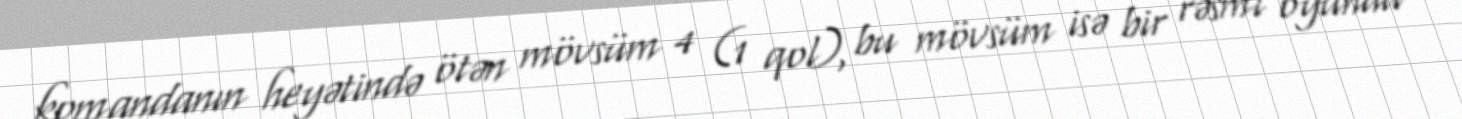
komandanın heyətində ötən mövsüm 4 (1 qol), bu mövsüm isə bir rəsmi oyunda